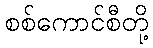
စစ်ကောင်စီတို့